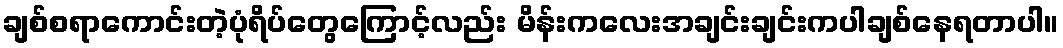
ချစ်စရာကောင်းတဲ့ပုံရိပ်တွေကြောင့်လည်း မိန်းကလေးအချင်းချင်းကပါချစ်နေရတာပါ။